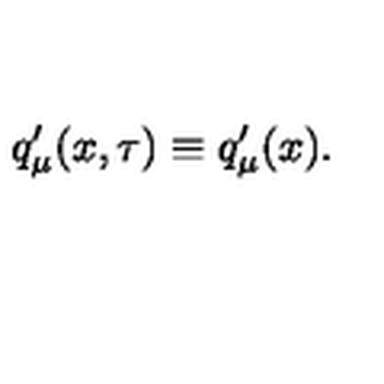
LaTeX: q _ { \mu } ^ { \prime } ( x , \tau ) \equiv q _ { \mu } ^ { \prime } ( x ) .